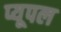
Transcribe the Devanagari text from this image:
प्यूपल